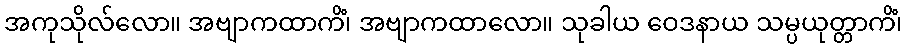
အကုသိုလ်လော။ အဗျာကထာကိံ၊ အဗျာကထာလော။ သုခါယ ဝေဒနာယ သမ္ပယုတ္တာကိံ၊